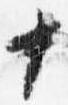
十